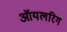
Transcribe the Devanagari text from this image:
ऑयलरिग